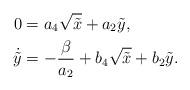
LaTeX: \begin{align*}0 &= a_4 \sqrt{\tilde{x}} + a_2 \tilde{y}, \\\dot{\tilde{y}} &= -\frac{\beta}{a_2} + b_4 \sqrt{\tilde{x}} + b_2 \tilde{y}.\end{align*}